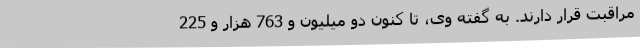
مراقبت قرار دارند. به گفته وی، تا کنون دو میلیون و 763 هزار و 225